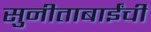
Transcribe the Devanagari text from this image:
सुनीताबाईंची